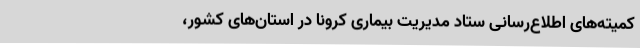
کمیته‌های اطلاع‌رسانی ستاد مدیریت بیماری کرونا در استان‌های کشور،